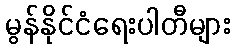
မွန်နိုင်ငံရေးပါတီများ